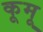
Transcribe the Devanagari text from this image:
कूमू